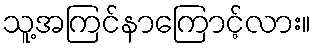
သူ့အကြင်နာကြောင့်လား။